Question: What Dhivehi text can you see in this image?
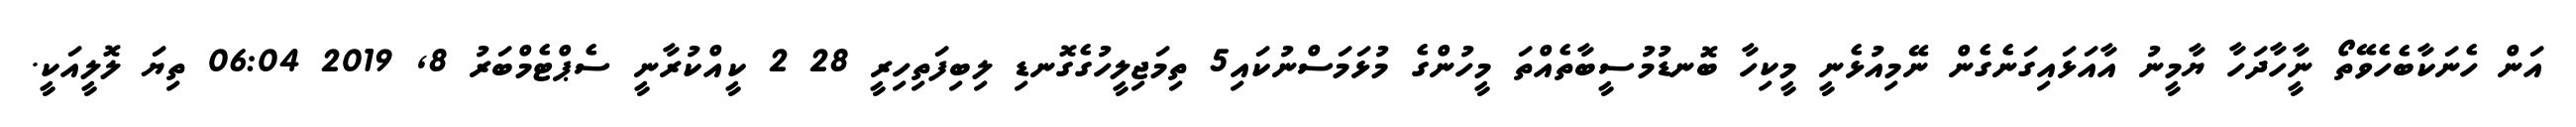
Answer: އަން ހެނަކާބެހެވޭތޯ ނީާހާދަހާ ޔާމީނު އާއަޅައިގަނެގެން ނޭމިއުޅެނީ މީކިހާ ބޮނޑުމުސީބާތެއްތަ މީހުންގެ މުޅަމަސްނުކައި5 ތިމަޖިލީހުގެގޮނޑި ލިބިފަތިހިރީ 28 2 ކީއްކުރާނީ ސެޕްޓެމްބަރު 8, 2019 06:04 ތިޔަ ލޮލީއަކީ.